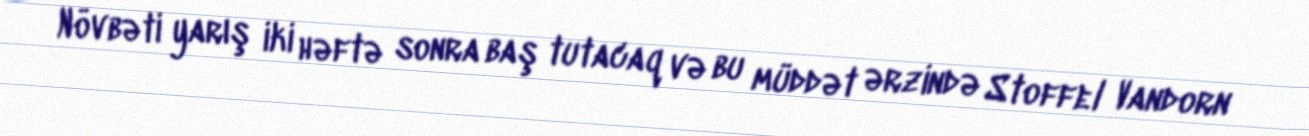
Növbəti yarış iki həftə sonra baş tutacaq və bu müddət ərzində Stoffel Vandorn